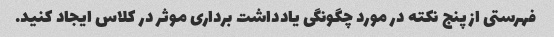
فهرستی از پنج نکته در مورد چگونگی یادداشت برداری موثر در کلاس ایجاد کنید.